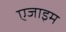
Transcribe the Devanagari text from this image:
एजाइम